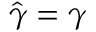
\hat { \gamma } = \gamma